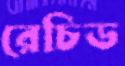
রেচিড